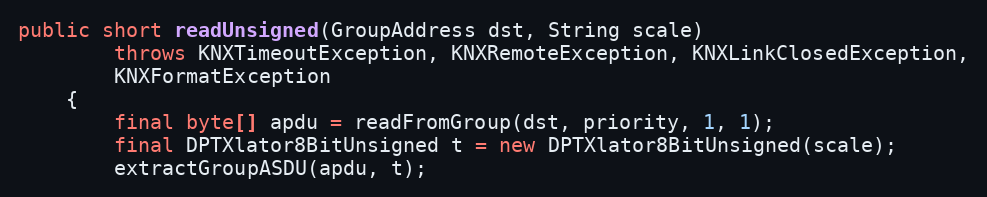
Language: Java
public short readUnsigned(GroupAddress dst, String scale)
		throws KNXTimeoutException, KNXRemoteException, KNXLinkClosedException,
		KNXFormatException
	{
		final byte[] apdu = readFromGroup(dst, priority, 1, 1);
		final DPTXlator8BitUnsigned t = new DPTXlator8BitUnsigned(scale);
		extractGroupASDU(apdu, t);